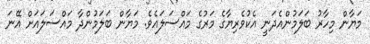
މަޔާން މިހާރު ބަލަމުންއެދަނީ އެކުވެެރިޔާގެ މަރުގެ މައްސަލައެވެ. މަޔާން ބަލަމުންދާ މައްސަލައަށް އޭނަ